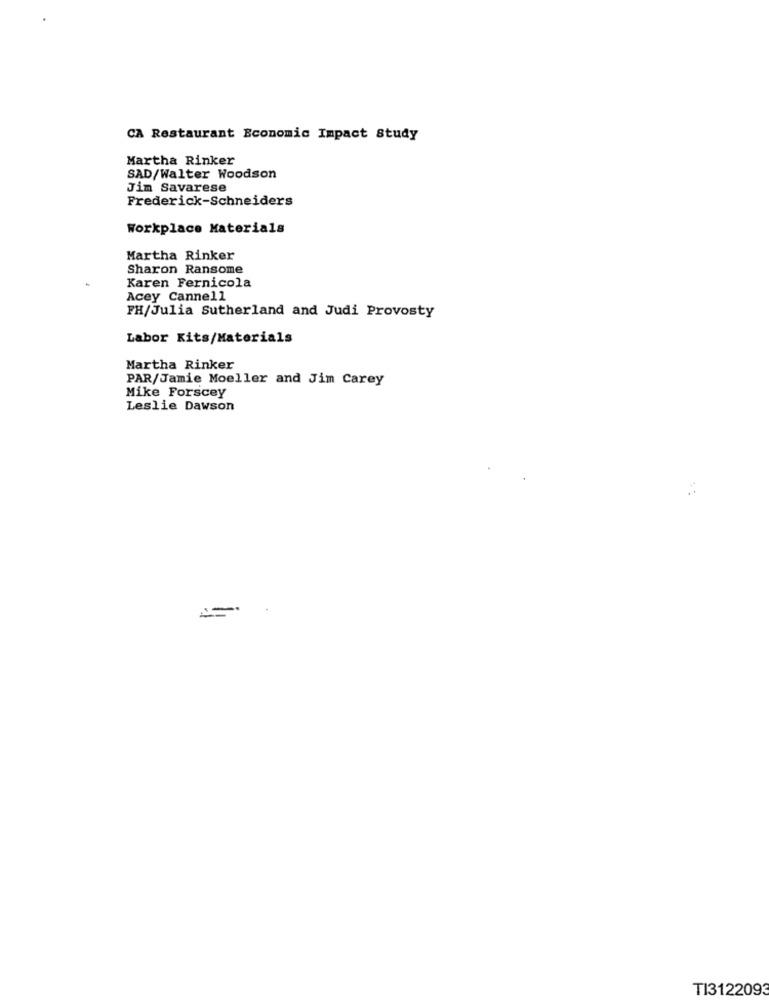
CA Restaurant Economic Impact Study
Martha Rinker
SAD/Walter Woodson
Jim Savarese
Frederick-Schneiders
Workplace Materials
Martha Rinker
Sharon Ransome
Karen Fernicola
Acey Cannell
FH/Julia Sutherland and Judi Provosty
Labor Kits/Materials
Martha Rinker
PAR/Jamie Moeller and Jim Carey
Mike Forscey
Leslie Dawson
TI312209